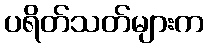
ပရိတ်သတ်များက